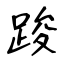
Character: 踆